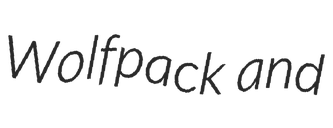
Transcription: Wolfpack and